Vaccination in Burma 1920-1933 - 1920-1933
Year: 1920
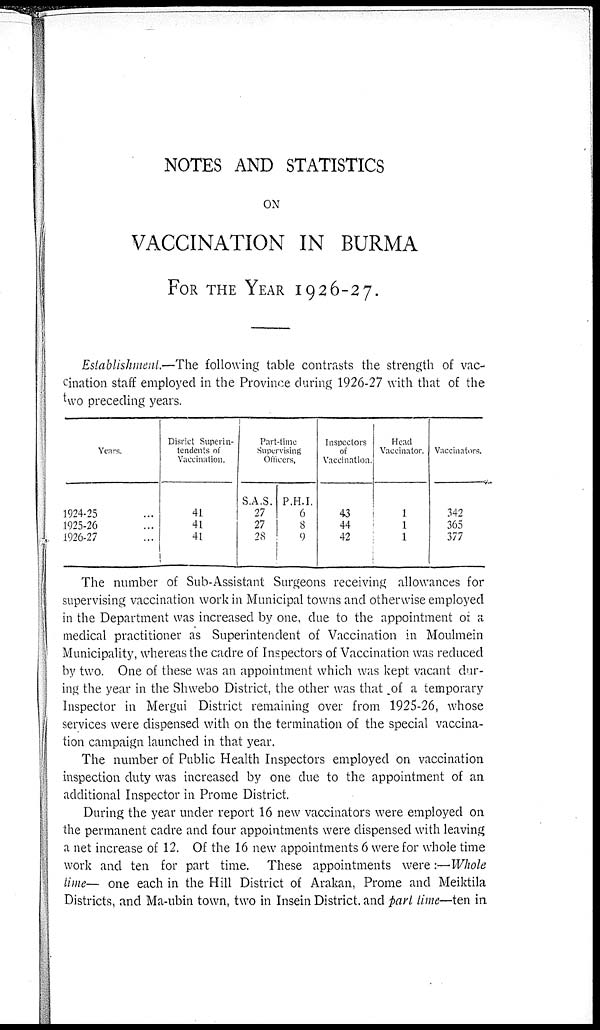
NOTES AND STATISTICS
ON
VACCINATION IN BURMA
FOR THE YEAR 1926-27.
Establishment.—The following table contrasts the strength of vac-
cination staff employed in the Province during 1926-27 with that of the
two preceding years.
Years.
1924-25...
1925-26...
1926-27...
Disrict Superin-
tendents of
Vaccination.
41
41
41
Part-time
Supervising
Officers.
S.A.S.
27
27
28
P.H.I.
6
8
9
Inspectors
of
Vaccination.
43
44
42
Head
Vaccinator.
1
1
1
Vaccinators.
342
365
377
The number of Sub-Assistant Surgeons receiving allowances for
supervising vaccination work in Municipal towns and otherwise employed
in the Department was increased by one, due to the appointment of a
medical practitioner as Superintendent of Vaccination in Moulmein
Municipality, whereas the cadre of Inspectors of Vaccination was reduced
by two. One of these was an appointment which was kept vacant dur-
ing the year in the Shwebo District, the other was that of a temporary
Inspector in Mergui District remaining over from 1925-26, whose
services were dispensed with on the termination of the special vaccina-
tion campaign launched in that year.
The number of Public Health Inspectors employed on vaccination
inspection duty was increased by one due to the appointment of an
additional Inspector in Prome District.
During the year under report 16 new vaccinators were employed on
the permanent cadre and four appointments were dispensed with leaving
a net increase of 12. Of the 16 new appointments 6 were for whole time
work and ten for part time. These appointments were:—Whole
time— one each in the Hill District of Arakan, Prome and Meiktila
Districts, and Ma-ubin town, two in Insein District and part time—ten in